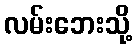
လမ်းဘေးသို့